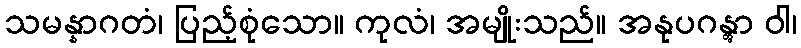
သမန္နာဂတံ၊ ပြည့်စုံသော။ ကုလံ၊ အမျိုးသည်။ အနုပဂန္တွာ ဝါ၊